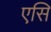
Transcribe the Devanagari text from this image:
एसि